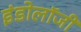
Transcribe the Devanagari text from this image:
इंडोलॉजी